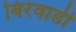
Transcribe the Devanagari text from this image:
बिरेवाडी